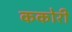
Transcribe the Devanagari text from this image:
ककोरी